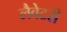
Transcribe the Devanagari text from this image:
लैवेटरी